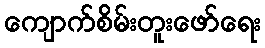
ကျောက်စိမ်းတူးဖော်ရေး